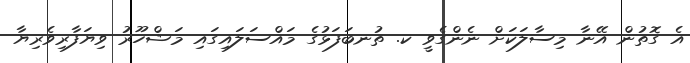
އެ ގޮތުން އޭނާ މިސާލަކަށް ނެންގެވީ ކ. ތުނބަފަޅުގެ މައްސަލައިގައި މަޝްހޫރު ވިޔަފާރިވެރިޔާ